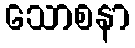
သောစနာ